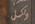
ولكل